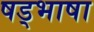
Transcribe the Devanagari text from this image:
षड्भाषा